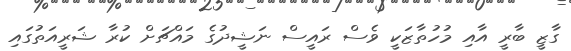
ގާޒީ ބާރީ އާއި މުހުތާޒަކީ ވެސް ރައީސް ނަޝީދުގެ މައްޗަށް ކުރާ ޝަރީއަތުގައި